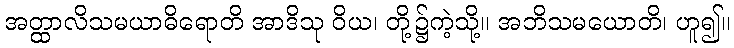
အတ္ထာလိသမယာဓိရောတိ အာဒိသု ဝိယ၊ တို့၌ကဲ့သို့။ အဘိသမယောတိ၊ ဟူ၍။